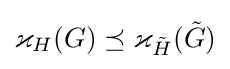
\varkappa _{H}(G)\preceq \varkappa _{\tilde {H}}({\tilde {G}})